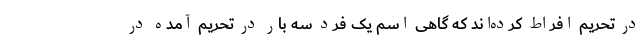
در تحریم افراط کرده‌اند که گاهی اسم یک فرد سه بار در تحریم آمده در